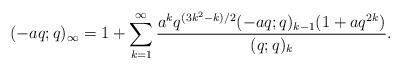
LaTeX: \begin{align*}(-aq;q)_{\infty} &= 1+\sum_{k=1}^{\infty}\frac{a^kq^{(3k^2-k)/2}(-aq;q)_{k-1}(1+aq^{2k})}{(q;q)_k}.\end{align*}